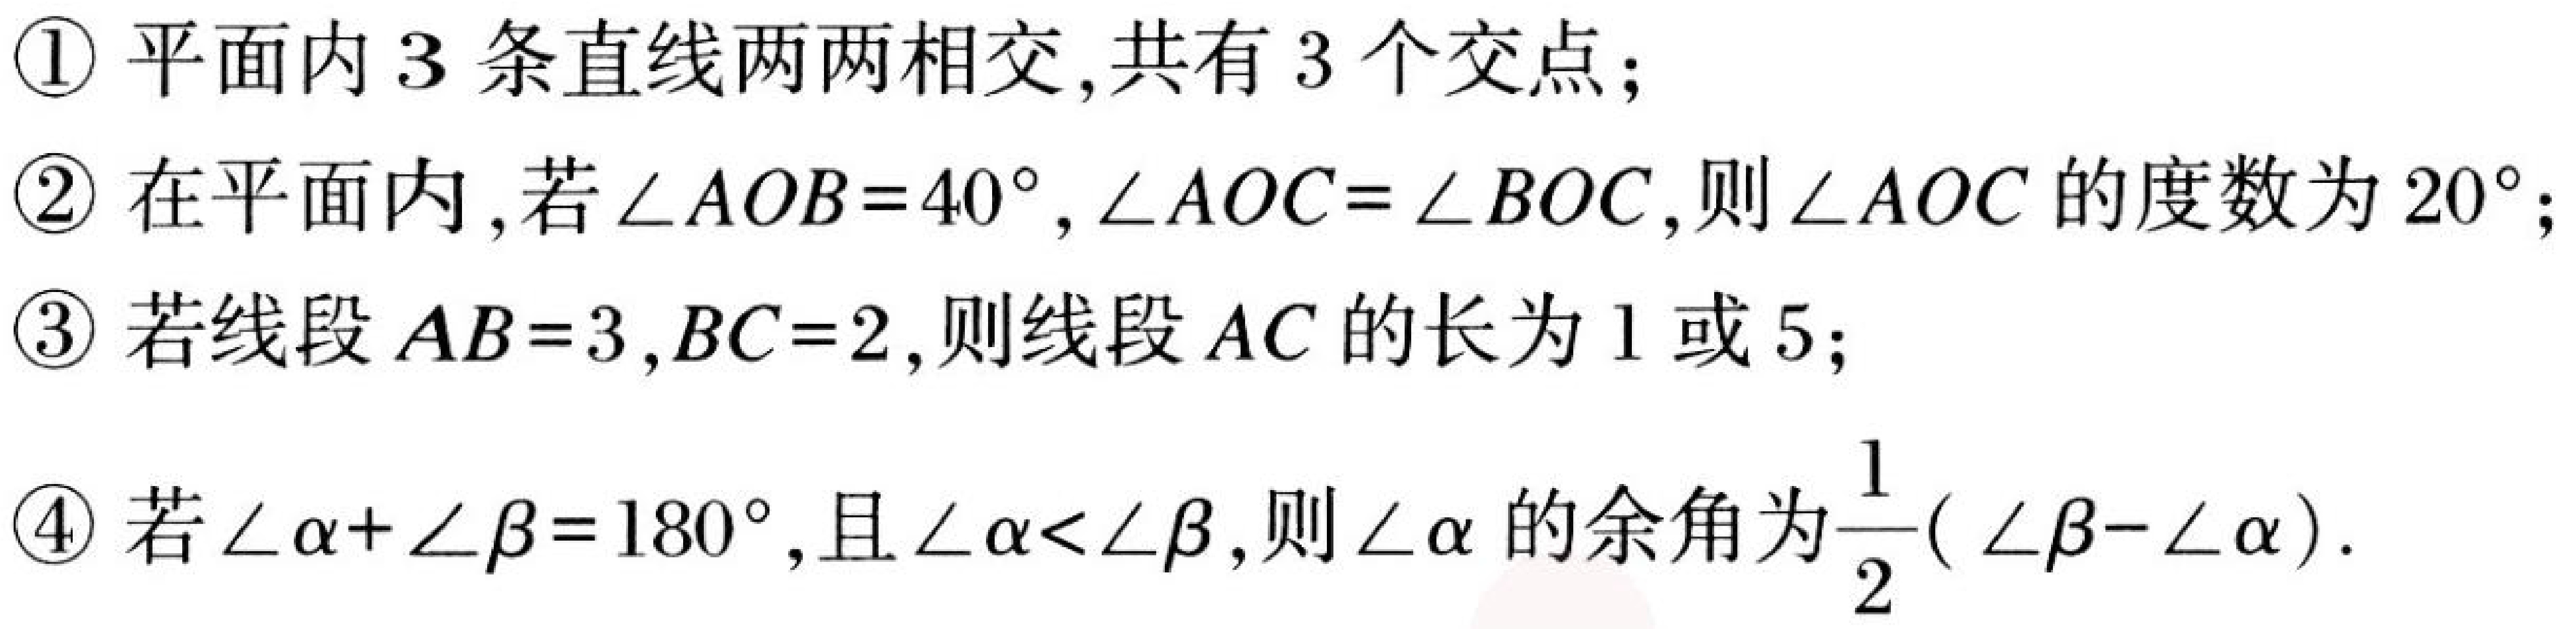
\textcircled{1} 平面内 \(3\) 条直线两两相交,共有 \(3\) 个交点；
\textcircled{2} 在平面内,若 \(\angle AOB = 40^{\circ},\angle AOC=\angle BOC\),则 \(\angle AOC\) 的度数为 \(20^{\circ}\)；
\textcircled{3} 若线段 \(AB = 3,BC = 2\),则线段 \(AC\) 的长为 \(1\) 或 \(5\)；
\textcircled{4} 若 \(\angle\alpha+\angle\beta = 180^{\circ}\),且 \(\angle\alpha<\angle\beta\),则 \(\angle\alpha\) 的余角为\(\dfrac{1}{2}(\angle\beta - \angle\alpha)\).